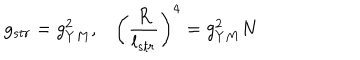
g _ { s t r } = g _ { Y M } ^ { 2 } , \left( { \frac { R } { l _ { s t r } } } \right) ^ { 4 } = g _ { Y M } ^ { 2 } N